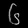
Digit: ၆